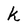
Character: k